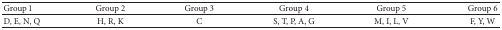
| Group 1 | Group 2 | Group 3 | Group 4 | Group 5 | Group 6 |
 | --- | --- | --- | --- | --- | --- |
 | D, E, N, Q | H, R, K | C | S, T, P, A, G | M, I, L, V | F, Y, W |